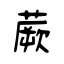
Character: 蕨